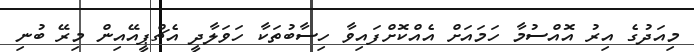
މިއަދުގެ އިރު އޮއްސުމާ ހަމައަށް އެއްކޮށްފައިވާ ހިސާބުތަކާ ހަވަލާދީ އެޗްޕީއޭއިން މިރޭ ބުނި